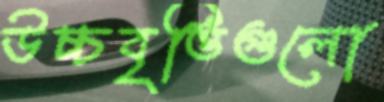
উচ্চবৃত্তিগুলো